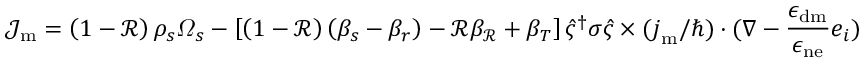
\mathcal { J } _ { \mathrm { m } } = \left( 1 - \mathcal { R } \right) \rho _ { s } \varOmega _ { s } - \left[ \left( 1 - \mathcal { R } \right) \left( \beta _ { s } - \beta _ { r } \right) - \mathcal { R } \beta _ { \mathcal { R } } + \beta _ { T } \right] \hat { \varsigma } ^ { \dagger } \boldsymbol { \sigma } \hat { \varsigma } \times ( { \boldsymbol { j } _ { \mathrm { m } } } / { \hbar } ) \cdot ( \nabla - \frac { \epsilon _ { \mathrm { d m } } } { \epsilon _ { \mathrm { n e } } } \boldsymbol { e } _ { i } )